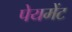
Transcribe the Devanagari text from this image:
पेयमेंट